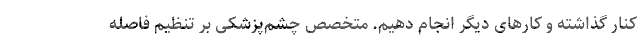
کنار گذاشته و کارهای دیگر انجام دهیم. متخصص چشم‌پزشکی بر تنظیم فاصله